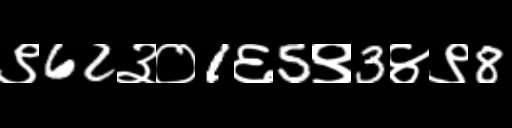
Text: ९62३०1६5९3४९8